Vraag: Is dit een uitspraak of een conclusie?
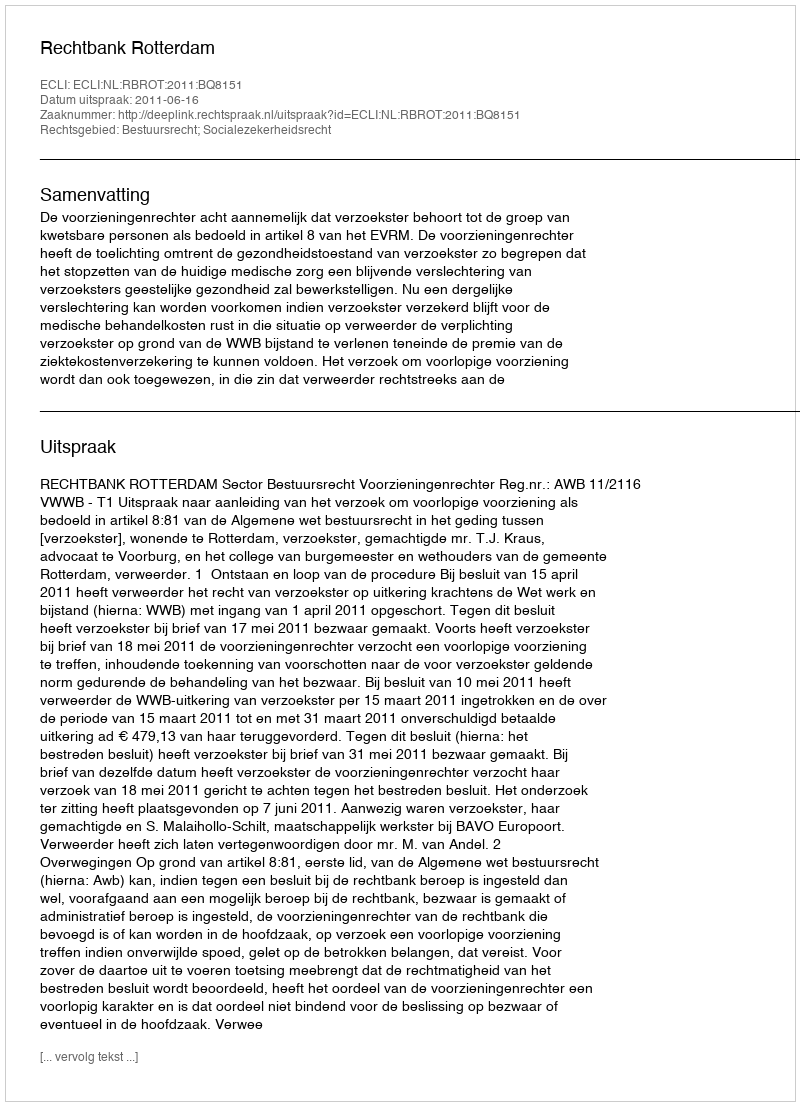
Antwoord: Uitspraak